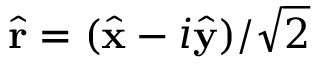
\hat { \bf r } = ( \hat { \bf x } - i \hat { \bf y } ) / \sqrt { 2 }